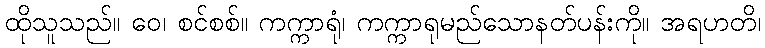
ထိုသူသည်။ ဝေ၊ စင်စစ်။ ကက္ကာရုံ၊ ကက္ကာရုမည်သောနတ်ပန်းကို။ အရဟတိ၊